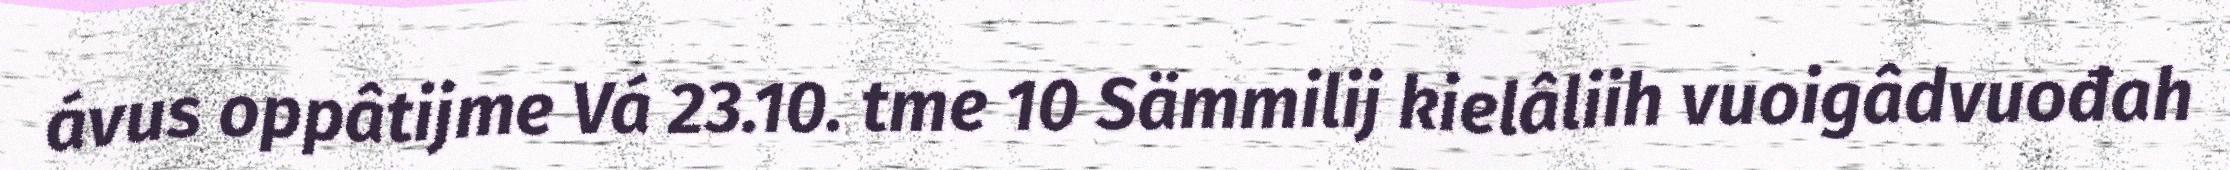
ávus oppâtijme Vá 23.10. tme 10 Sämmilij kielâliih vuoigâdvuođah